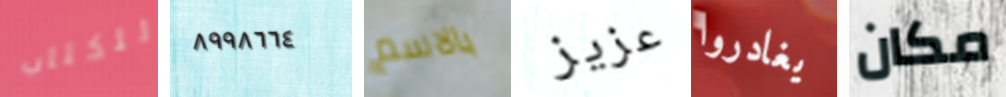
للكتاب ٨٩٩٨٦٦٤ بالاسم عزيز يغادروا مكان